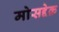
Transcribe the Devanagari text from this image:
मोसद्देक़